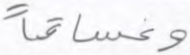
وغساقا